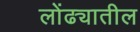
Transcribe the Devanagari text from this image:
लोंढ्यातील